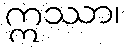
ဣဿာ၊